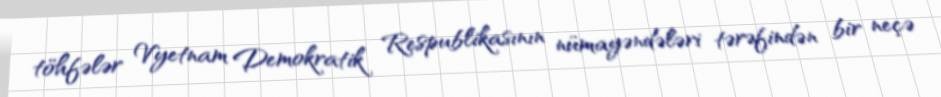
töhfələr Vyetnam Demokratik Respublikasının nümayəndələri tərəfindən bir neçə